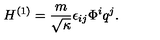
H ^ { ( 1 ) } = \frac { m } { \sqrt { \kappa } } \epsilon _ { i j } \Phi ^ { i } q ^ { j } .